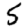
Digit: 5